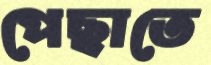
পেছাতে